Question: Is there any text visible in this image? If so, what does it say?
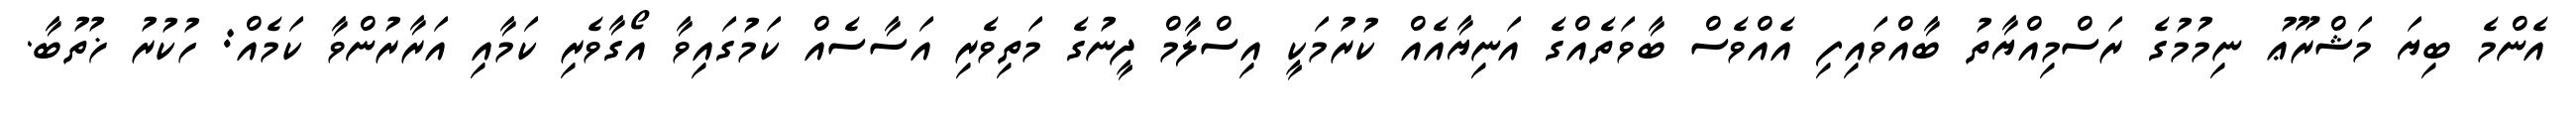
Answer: އެންމެ ބިޔަ މަޝްރޫޢު ނިމުމުގެ ރަސްމިއްޔާތު ބާއްވައިފި އެއްވެސް ބާވަތެއްގެ އަނިޔާއެއް ކުރުމަކީ އިސްލާމް ދީނުގެ މަތިވެރި އަސާސެއް ކަމުގައިވާ އޯގާވެރި ކަމާއި އަރާރުންވާ ކަމެއް: ހުކުރު ޚުތުބާ.